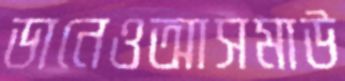
ডানেওআসমাউ